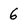
Character: 6